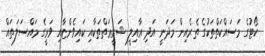
ކޯޓުގެ މަސައްކަތްތަކުގެ ތެރެއިން މަދަނީ އަދި ޢާއިލީ ޝަރީޢަތްތަކާއި ކައިވެންޏާއި ވަރީގެ މައްސަލަތައް